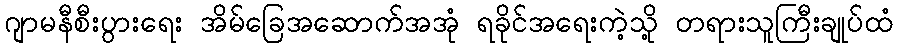
ဂျာမနီစီးပွားရေး အိမ်ခြေအဆောက်အအုံ ရခိုင်အရေးကဲ့သို့ တရားသူကြီးချုပ်ထံ